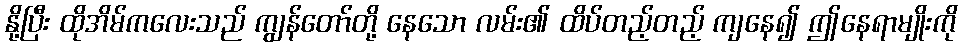
နို့ပြီး ထိုအိမ်ကလေးသည် ကျွန်တော်တို့ နေသော လမ်း၏ ထိပ်တည့်တည့် ကျနေ၍ ဤနေရာမျိုးကို